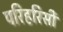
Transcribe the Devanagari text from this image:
परिहरिसी